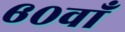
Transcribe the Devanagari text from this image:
६०वाँ